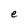
Character: e